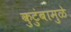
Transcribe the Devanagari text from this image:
कुटुंबामुळे